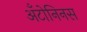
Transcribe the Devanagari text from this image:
अँटोनिनस